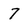
Character: 7